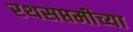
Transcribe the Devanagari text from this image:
रथसप्तमीच्या